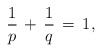
\begin{align*}\frac{1}{p}\,+\,\frac{1}{q}\,=\,1,\end{align*}